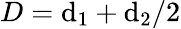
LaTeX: D=\mathrm{d}_{1}+\mathrm{d}_{2}/2